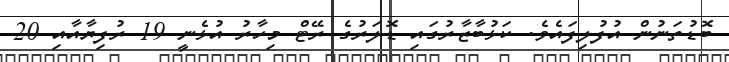
ބޮޑުތަނުން އުފުލިފައެވެ. ކަޅުބާޒާރުގައި ޑޮލަރުގެ ރޭޓް މިހާރު އުޅެނީ 19 ރުފިޔާއާއި 20